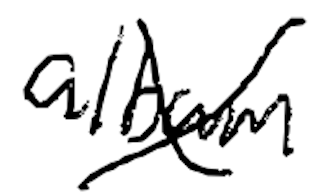
Text: album
Cross-out: cross
Writing tool: digital_black